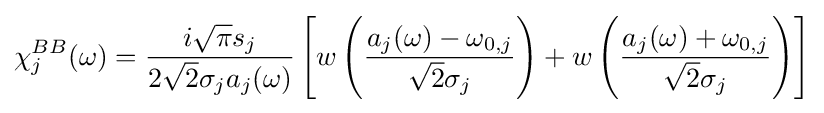
\chi _{j}^{BB}(\omega )={\frac {i{\sqrt {\pi }}s_{j}}{2{\sqrt {2}}\sigma _{j}a_{j}(\omega )}}\left[w\left({\frac {a_{j}(\omega )-\omega _{0,j}}{{\sqrt {2}}\sigma _{j}}}\right)+w\left({\frac {a_{j}(\omega )+\omega _{0,j}}{{\sqrt {2}}\sigma _{j}}}\right)\right]